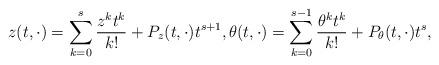
LaTeX: \begin{align*}z(t, \cdot) = \sum_{k = 0}^{s} \frac{z^{k} t^{k}}{k!} + P_{z}(t, \cdot) t^{s + 1}, \theta(t, \cdot) = \sum_{k = 0}^{s-1} \frac{\theta^{k} t^{k}}{k!} + P_{\theta}(t, \cdot) t^{s}, \end{align*}